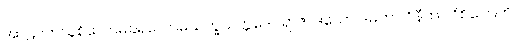
အာဠဝကသူစိလောမခရလောမယက္ခသက္ကဒေဝရာဇာဒယော ဒမိတာ ဝိနီတာ ဝိစိတြေဟိ